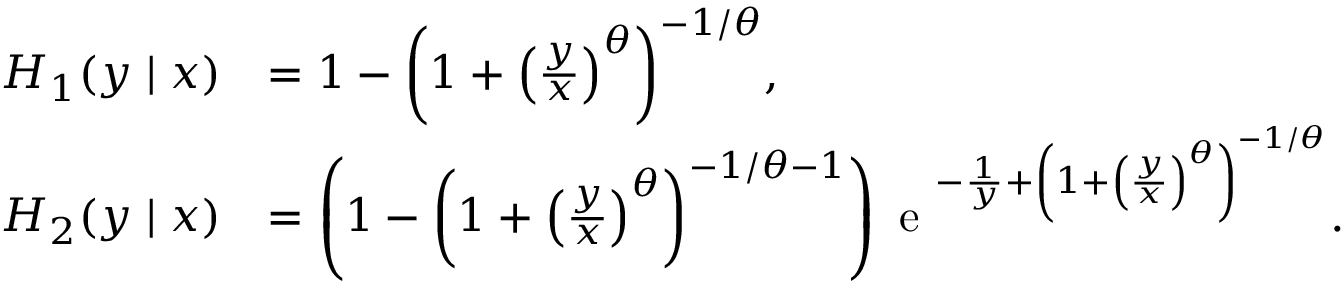
\begin{array} { r l } { H _ { 1 } ( y \mid x ) } & { = 1 - { \left( 1 + { \left( \frac { y } { x } \right) } ^ { \theta } \right) } ^ { - 1 / \theta } , } \\ { H _ { 2 } ( y \mid x ) } & { = \left( 1 - { \left( 1 + { \left( \frac { y } { x } \right) } ^ { \theta } \right) } ^ { - 1 / \theta - 1 } \right) \textrm { e } ^ { - \frac { 1 } { y } + { \left( 1 + { \left( \frac { y } { x } \right) } ^ { \theta } \right) } ^ { - 1 / \theta } } . } \end{array}